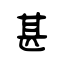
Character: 甚